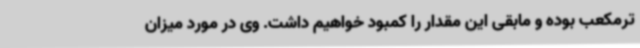
ترمکعب بوده و مابقی این مقدار را کمبود خواهیم داشت. وی در مورد میزان